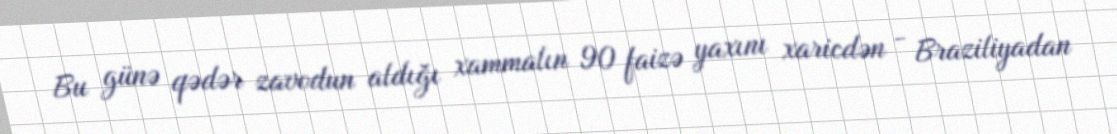
Bu günə qədər zavodun aldığı xammalın 90 faizə yaxını xaricdən - Braziliyadan